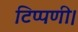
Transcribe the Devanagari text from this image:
टिप्पणी।